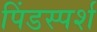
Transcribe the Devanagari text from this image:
पिंडस्पर्श